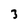
Character: 3